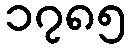
၁၇၈၅